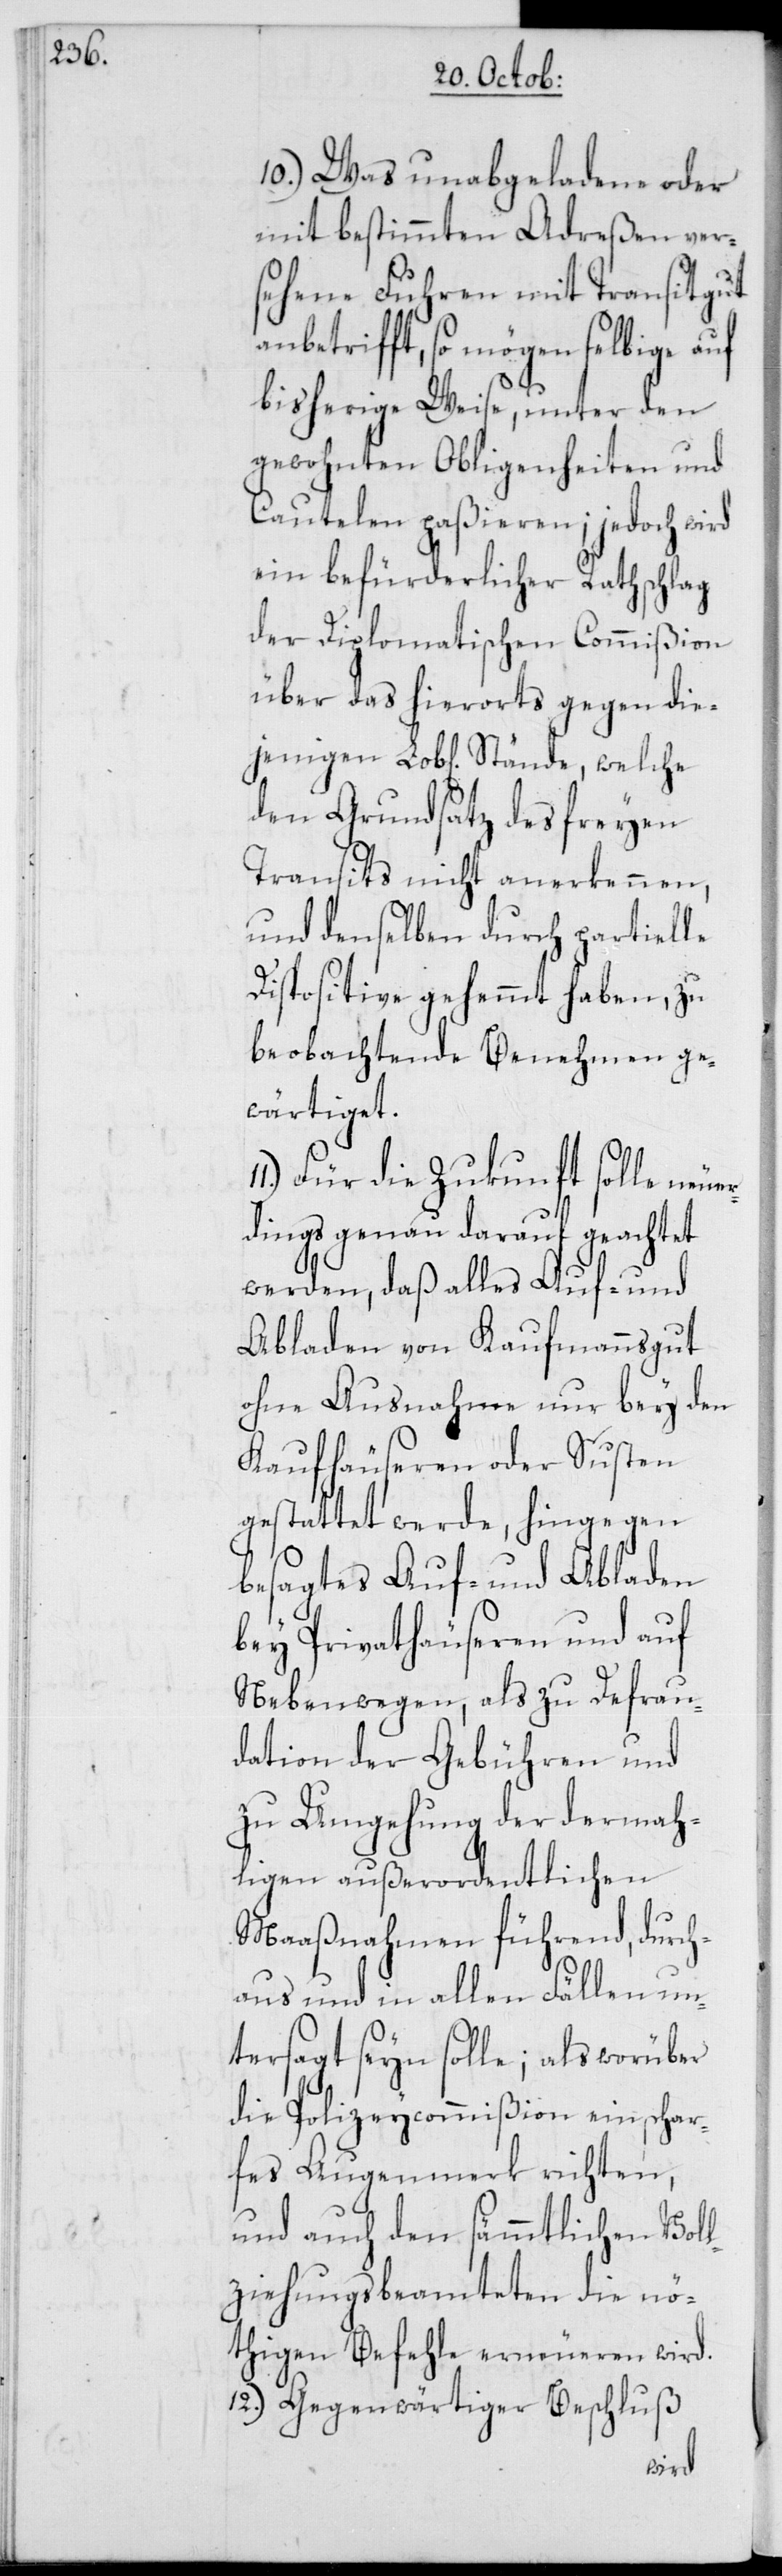
10. Was unabgeladen oder
mit bestimmten Adreßen ver¬
sehene Fuhren mit Transitgut
anbetrifft, so mögen selbige auf
bisherige Weise, unter den
gewohnten Obligenheiten und
Cautelen paßieren; jedoch wird
ein befürderlicher Rathschlag
der Diplomatischen Commißion
über das hierorts gegen diej¬
den Grundsatz des freyen
Transits nicht anerkennen,
und denselben durch partielle
Dispositive gehemmt haben, zu
beobachtende Benehmen ge¬
wärtiget.
Für die Zukunft solle neue¬
rdings genau darauf geachtet
werden, daß alles Auf- und
Abladen von Kaufmannsgut
ohne Ausnahme nur bey den
Kaufhäuseren oder Susten
gestattet werde, hingegen
besagtes Auf- und Abladen
bey Privathäuseren und auf
Nebenwegen, als zu Defrau¬
dation der Gebühren und
zu Umgehung der dermah¬
ligen außerordentlichen
Maaßnahmen führend, durch¬
aus und in allen Fällen un¬
tersagt seyn solle; als worüber
die Polizeycommißion ein schar¬
fes Augenmerk richten,
und auch den sämmtlichen Voll¬
ziehungsbeamteten die nö¬
thigen Befehle erneueren wird.
12. Gegenwärtiger Beschluß
enigen